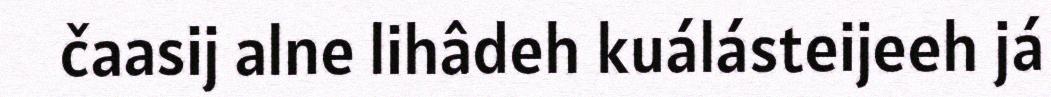
čaasij alne lihâdeh kuálásteijeeh já